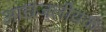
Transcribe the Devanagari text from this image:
आद्यजलीयक